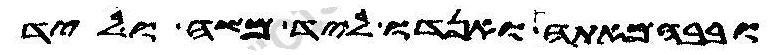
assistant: ובבהמאתה ואנדו ליד משה וליד